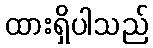
ထားရှိပါသည်